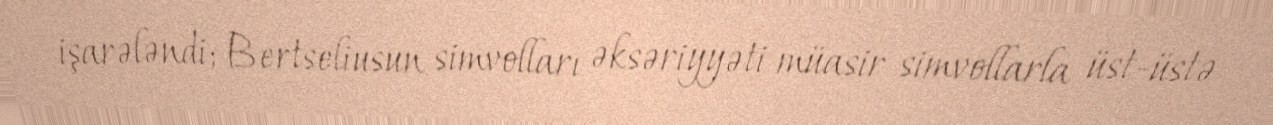
işarələndi; Bertseliusun simvolları əksəriyyəti müasir simvollarla üst-üstə